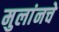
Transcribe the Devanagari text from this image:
मुलांनचे